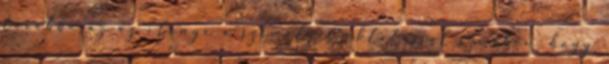
továbbá az az előnye a személyes oktatással szemben, hogy